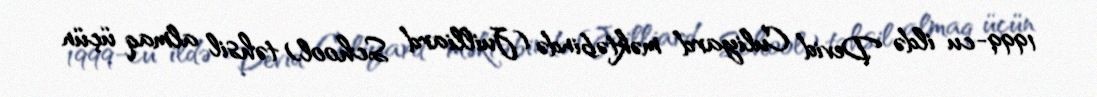
1999-cu ildə Devid Culiyard məktəbində (Juilliard School) təhsil almaq üçün